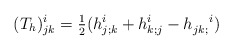
\begin{align*}(T_h)^i_{jk}= \tfrac{1}{2} (h^i_{j;k} + h^i_{k;j} - h_{jk;}^{\;\;\;\;\; i} )\end{align*}